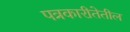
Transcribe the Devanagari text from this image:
पत्रकारीतेतील